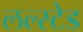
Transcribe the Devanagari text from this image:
लल्स्टेड